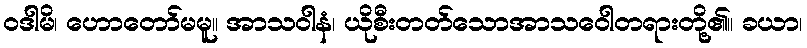
ဝဒါမိ၊ ဟောတော်မမူ။ အာသဝါနံ၊ ယိုစီးတတ်သောအာသဝေါတရားတို့၏။ ခယာ၊